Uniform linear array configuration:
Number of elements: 8
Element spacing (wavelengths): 0.5
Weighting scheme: hann
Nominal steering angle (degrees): -15
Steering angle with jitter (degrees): -14.897
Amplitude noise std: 0.05
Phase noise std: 0.05

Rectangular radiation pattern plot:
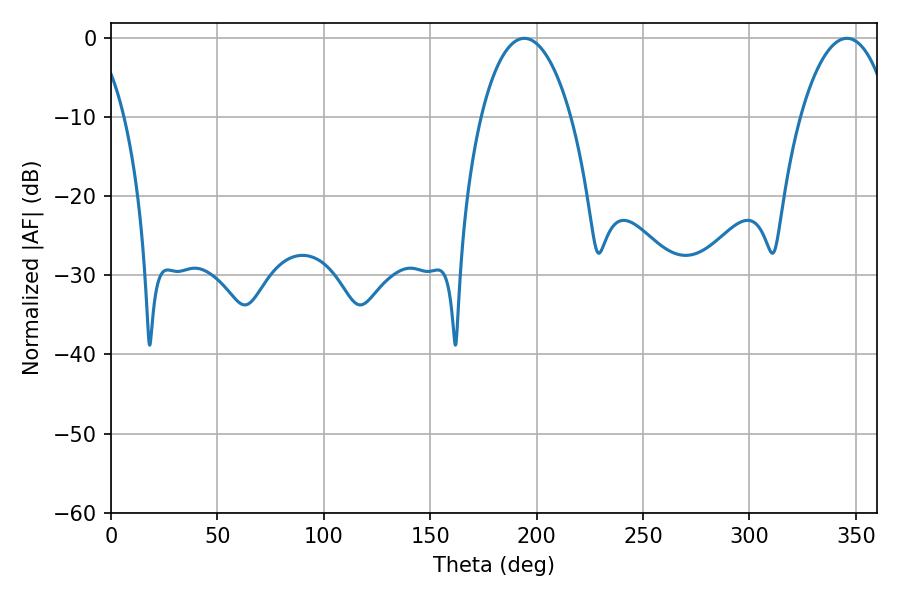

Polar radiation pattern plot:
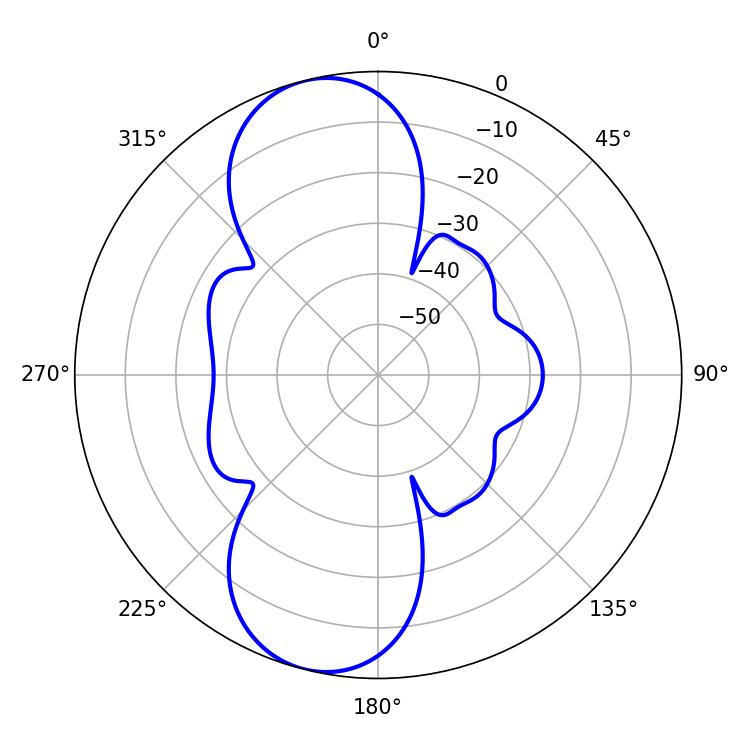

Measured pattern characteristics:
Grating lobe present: FALSE
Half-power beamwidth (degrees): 23.76
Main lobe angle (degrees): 345.78